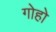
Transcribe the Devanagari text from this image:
गोहो